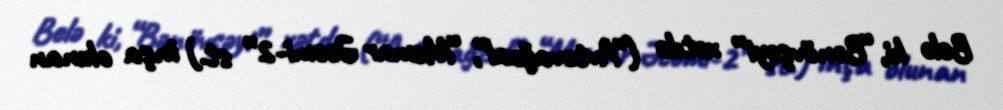
Belə ki, “Bənövşəyi” xətdə (“Avtovağzal”, “Memar Əcəmi-2” st.) inşa olunan